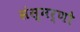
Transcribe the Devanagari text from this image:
संस्मर्णो